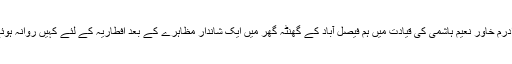
برادرم خاور نعیم ہاشمی کی قیادت میں ہم فیصل آباد کے گھنٹہ گھر میں ایک شاندار مظاہرے کے بعد افطاریہ کے لئے کہیں روانہ ہوئے۔